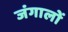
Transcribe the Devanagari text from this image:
जंगालों